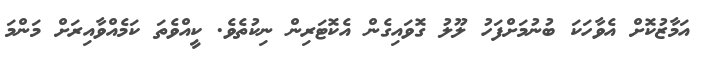
އަމާޒުކޮށް އެވާހަކަ ބުނުމަށްފަހު ލޫލު ގޮވައިގެން އެކޮޓަރިން ނިކުތެވެ. ކީއްވެތަ ކަމެއްވާއިރަށް މަންމަ